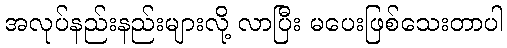
အလုပ်နည်းနည်းများလို့ လာပြီး မပေးဖြစ်သေးတာပါ